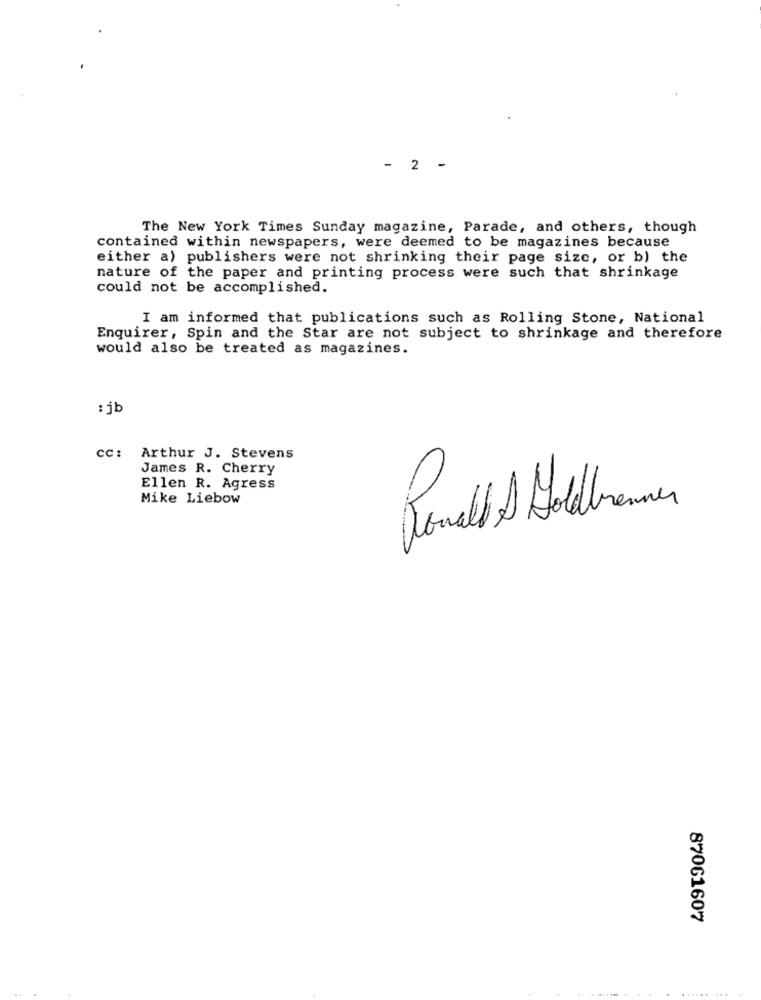
- 2
-
The New York Times Sunday magazine, Parade, and others, though
contained within newspapers, were deemed to be magazines because
either a) publishers were not shrinking their page size, or b) the
nature of the paper and printing process were such that shrinkage
could not be accomplished.
I am informed that publications such as Rolling Stone, National
Enquirer, Spin and the Star are not subject to shrinkage and therefore
would also be treated as magazines.
: jb
cc :
Arthur J. Stevens
James R. Cherry
Ellen R. Agress
Mike Liebow
87061607